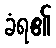
ခံရ၏